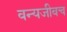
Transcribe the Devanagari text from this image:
वन्यजीवच